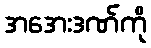
အအေးဒဏ်ကို